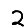
Digit: 2